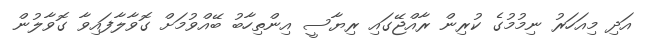
އަދި މިއަހަރު ނިމުމުގެ ކުރިން ރާއްޖޭގައި ރިޔާސީ އިންތިހާބު ބޭއްވުމަށް ގޮވާލާފައިވާ ގޮވާލުން